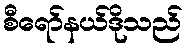
စီရော်နယ်ဒိုသည်